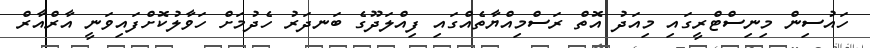
ހައުސިން މިނިސްޓްރީގައި މިއަދު އޮތް ރަސްމިއްޔާތެއްގައި ފިއްލަދޫގެ ބަނދަރު ހެދުމަށް ހަވާލުކޮށްފައިވަނީ އާރްއާރް